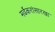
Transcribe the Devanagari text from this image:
मर्ढेकरांसारखा